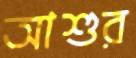
আশুর